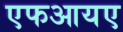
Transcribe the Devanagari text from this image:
एफआयए